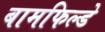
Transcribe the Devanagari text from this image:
बामफिल्डे